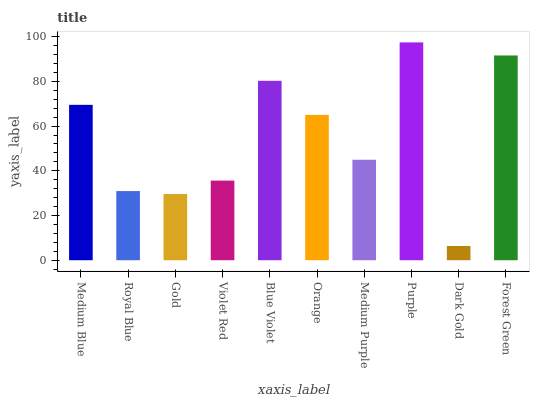
| xaxis_label | bars |
 | --- | --- |
 | Medium Blue | 69.5 |
 | Royal Blue | 30.9 |
 | Gold | 29.6 |
 | Violet Red | 35.6 |
 | Blue Violet | 80.3 |
 | Orange | 65 |
 | Medium Purple | 45 |
 | Purple | 97.5 |
 | Dark Gold | 6.37 |
 | Forest Green | 91.6 |